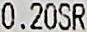
0.20SR